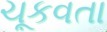
ચૂકવતા